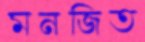
মনজিত